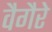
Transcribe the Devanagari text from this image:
वैगैरे